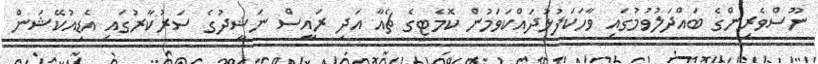
ނޫސްވެރިންގެ ބައްދަލުވުމުގައި ވާހަކަފުޅުދައްކަވަމުން ކޮމެޓީގެ ޗެއާ އަދި ރައީސް ނަޝީދުގެ ސަރުކާރުގައި އެޑިއުކޭޝަން